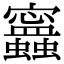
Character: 𧕝